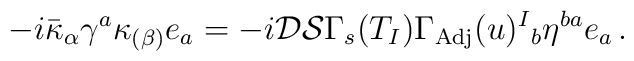
-i\bar{\kappa}_{\alpha}\gamma^{a}\kappa_{(\beta)}e_{a}=-i\mathcal{D}\mathcal{S}\Gamma_{s}(T_{I})\Gamma_{\rm Adj}(u)^{I}{}_{b}\eta^{ba}e_{a}\, .